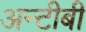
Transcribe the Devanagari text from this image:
अन्टीबी